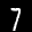
Label: 7